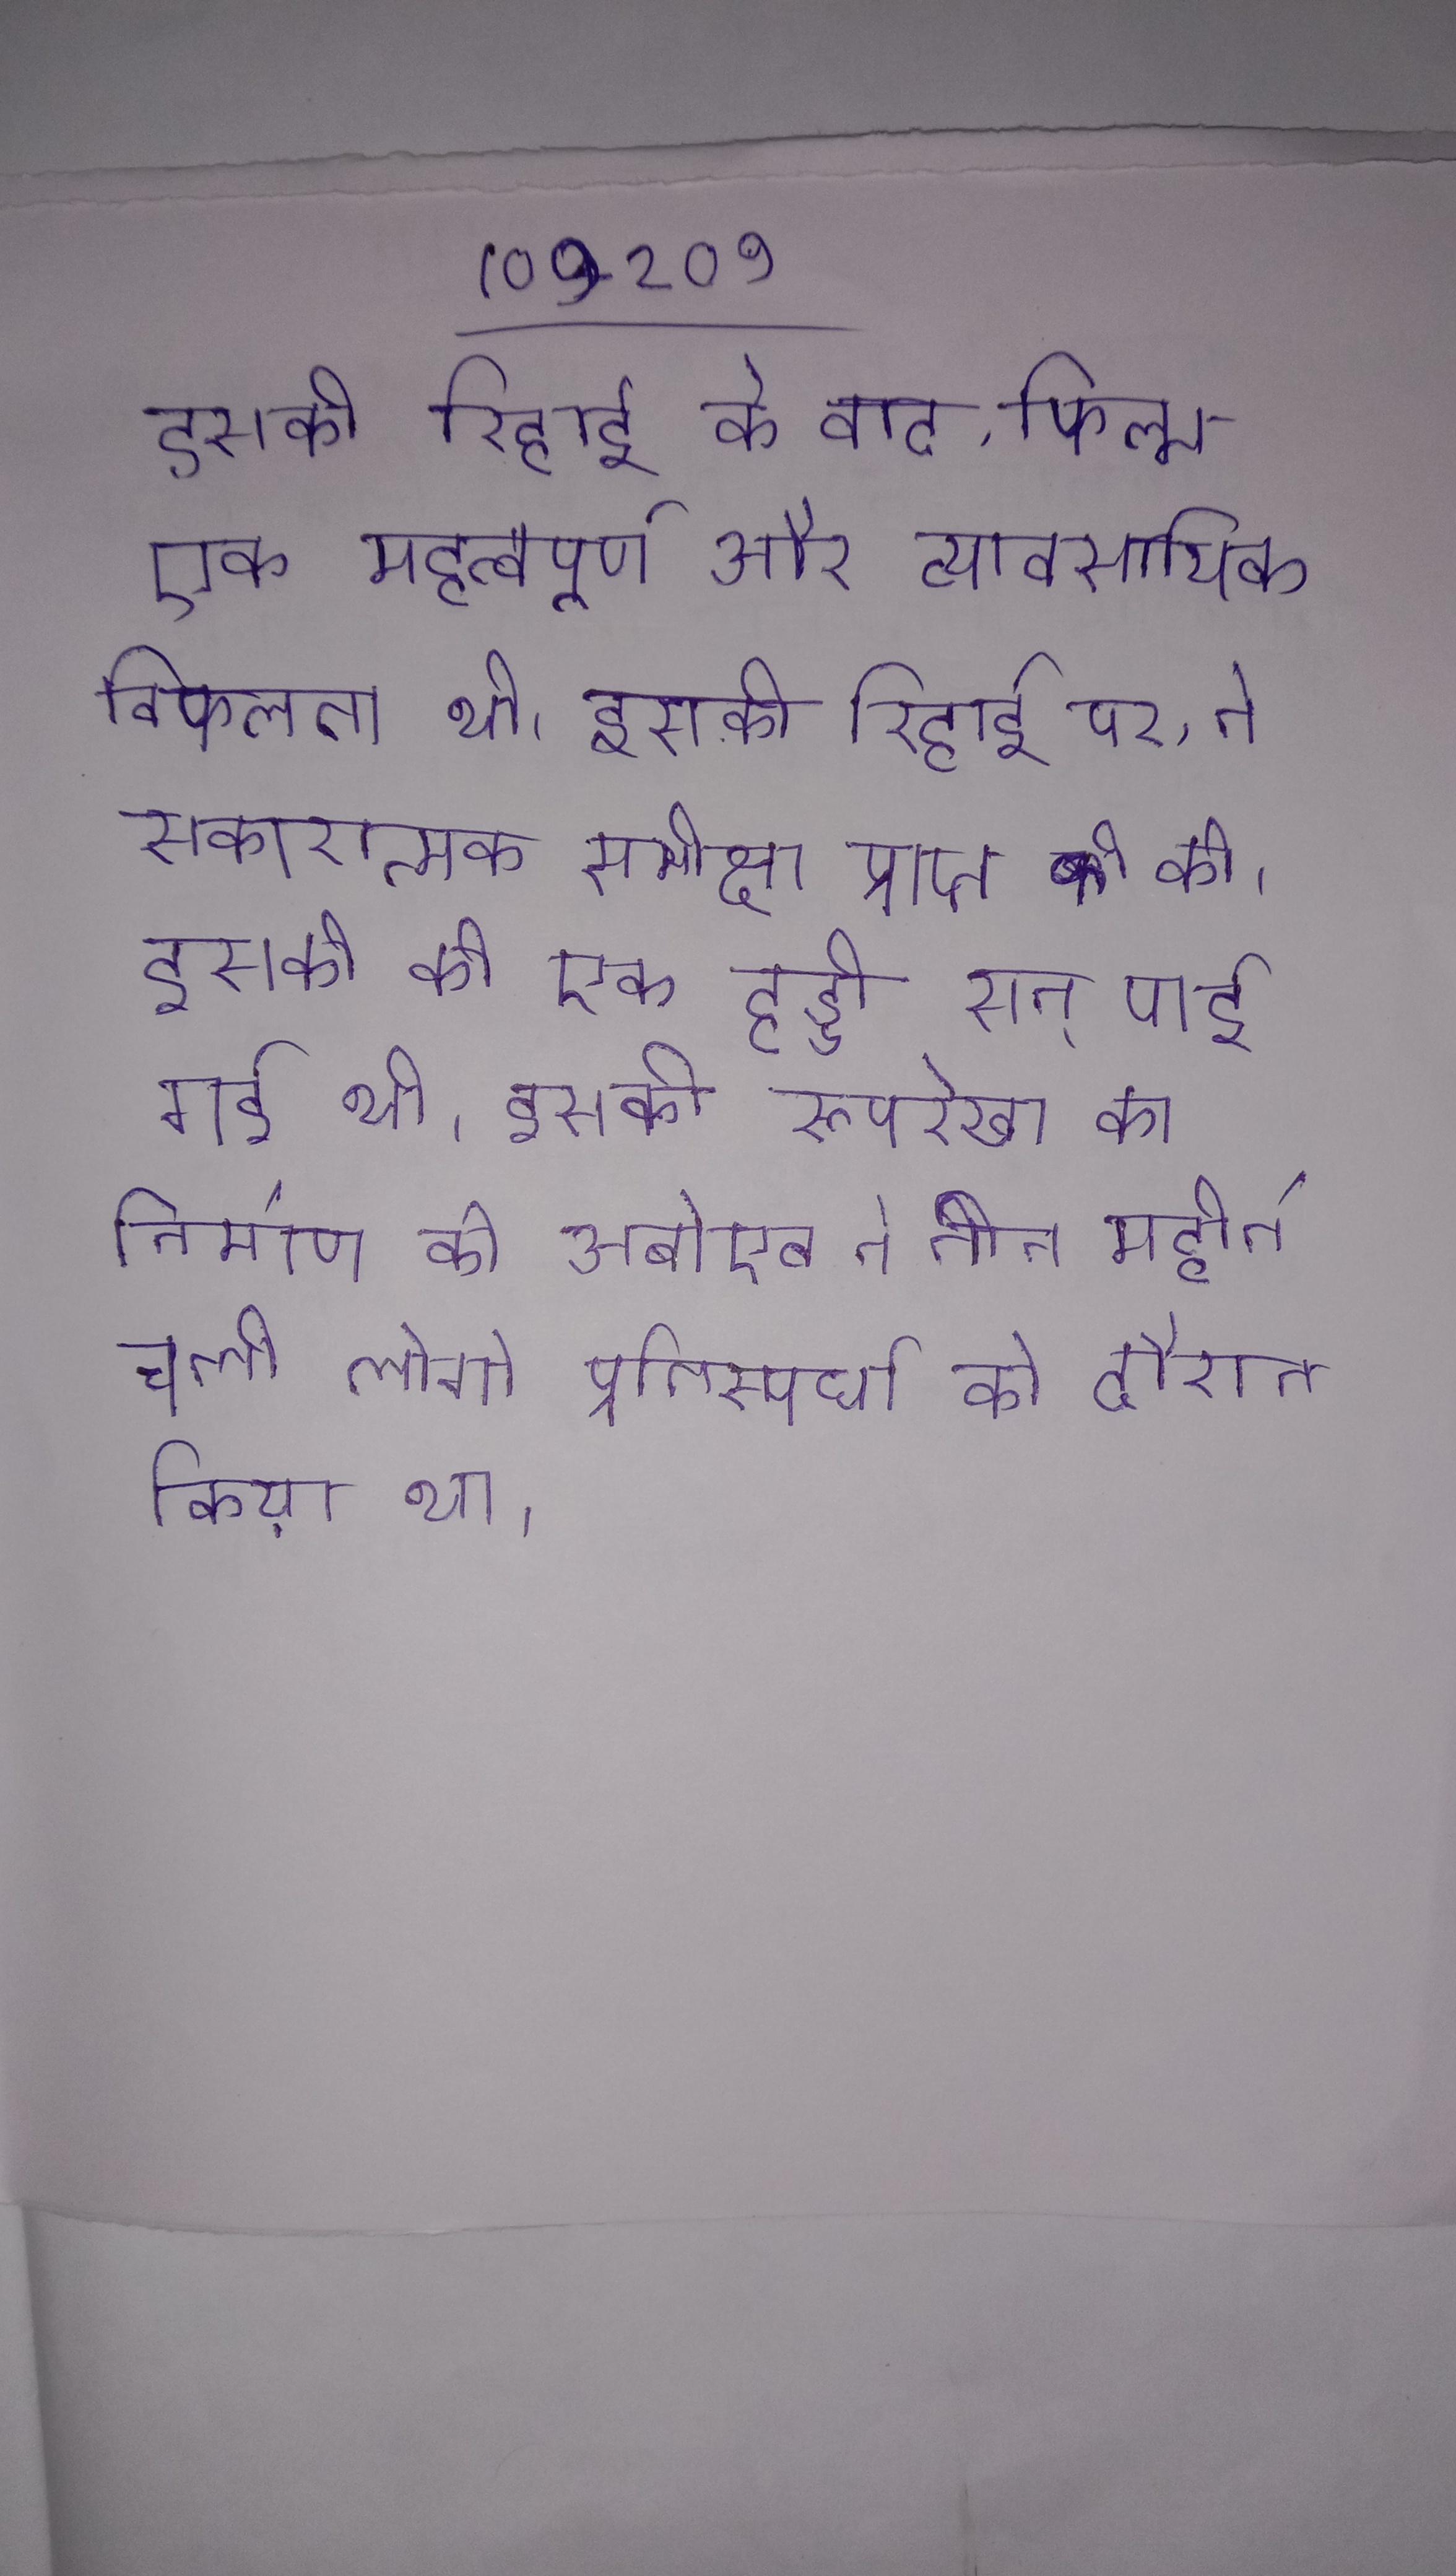
इसकी रिहाई के बाद, फिल्म एक महत्वपूर्ण और व्यावसायिक विफलता थी । इसकी रिहाई पर, ने सकारात्मक समीक्षा प्राप्त की । इसकी की एक हड्डी सन् पाई गई थी । इसकी रूपरेखा का निर्माण के अबोएब ने तीन महीने चली लोगो प्रतिस्पर्घा के दौरान किया था ।